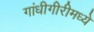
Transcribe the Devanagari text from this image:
गांधीगीरीमध्ये